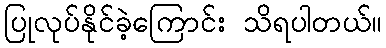
ပြုလုပ်နိုင်ခဲ့ကြောင်း သိရပါတယ်။